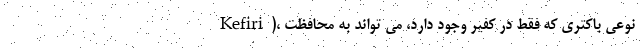
Kefiri)، نوعی باکتری که فقط در کفیر وجود دارد، می تواند به محافظت